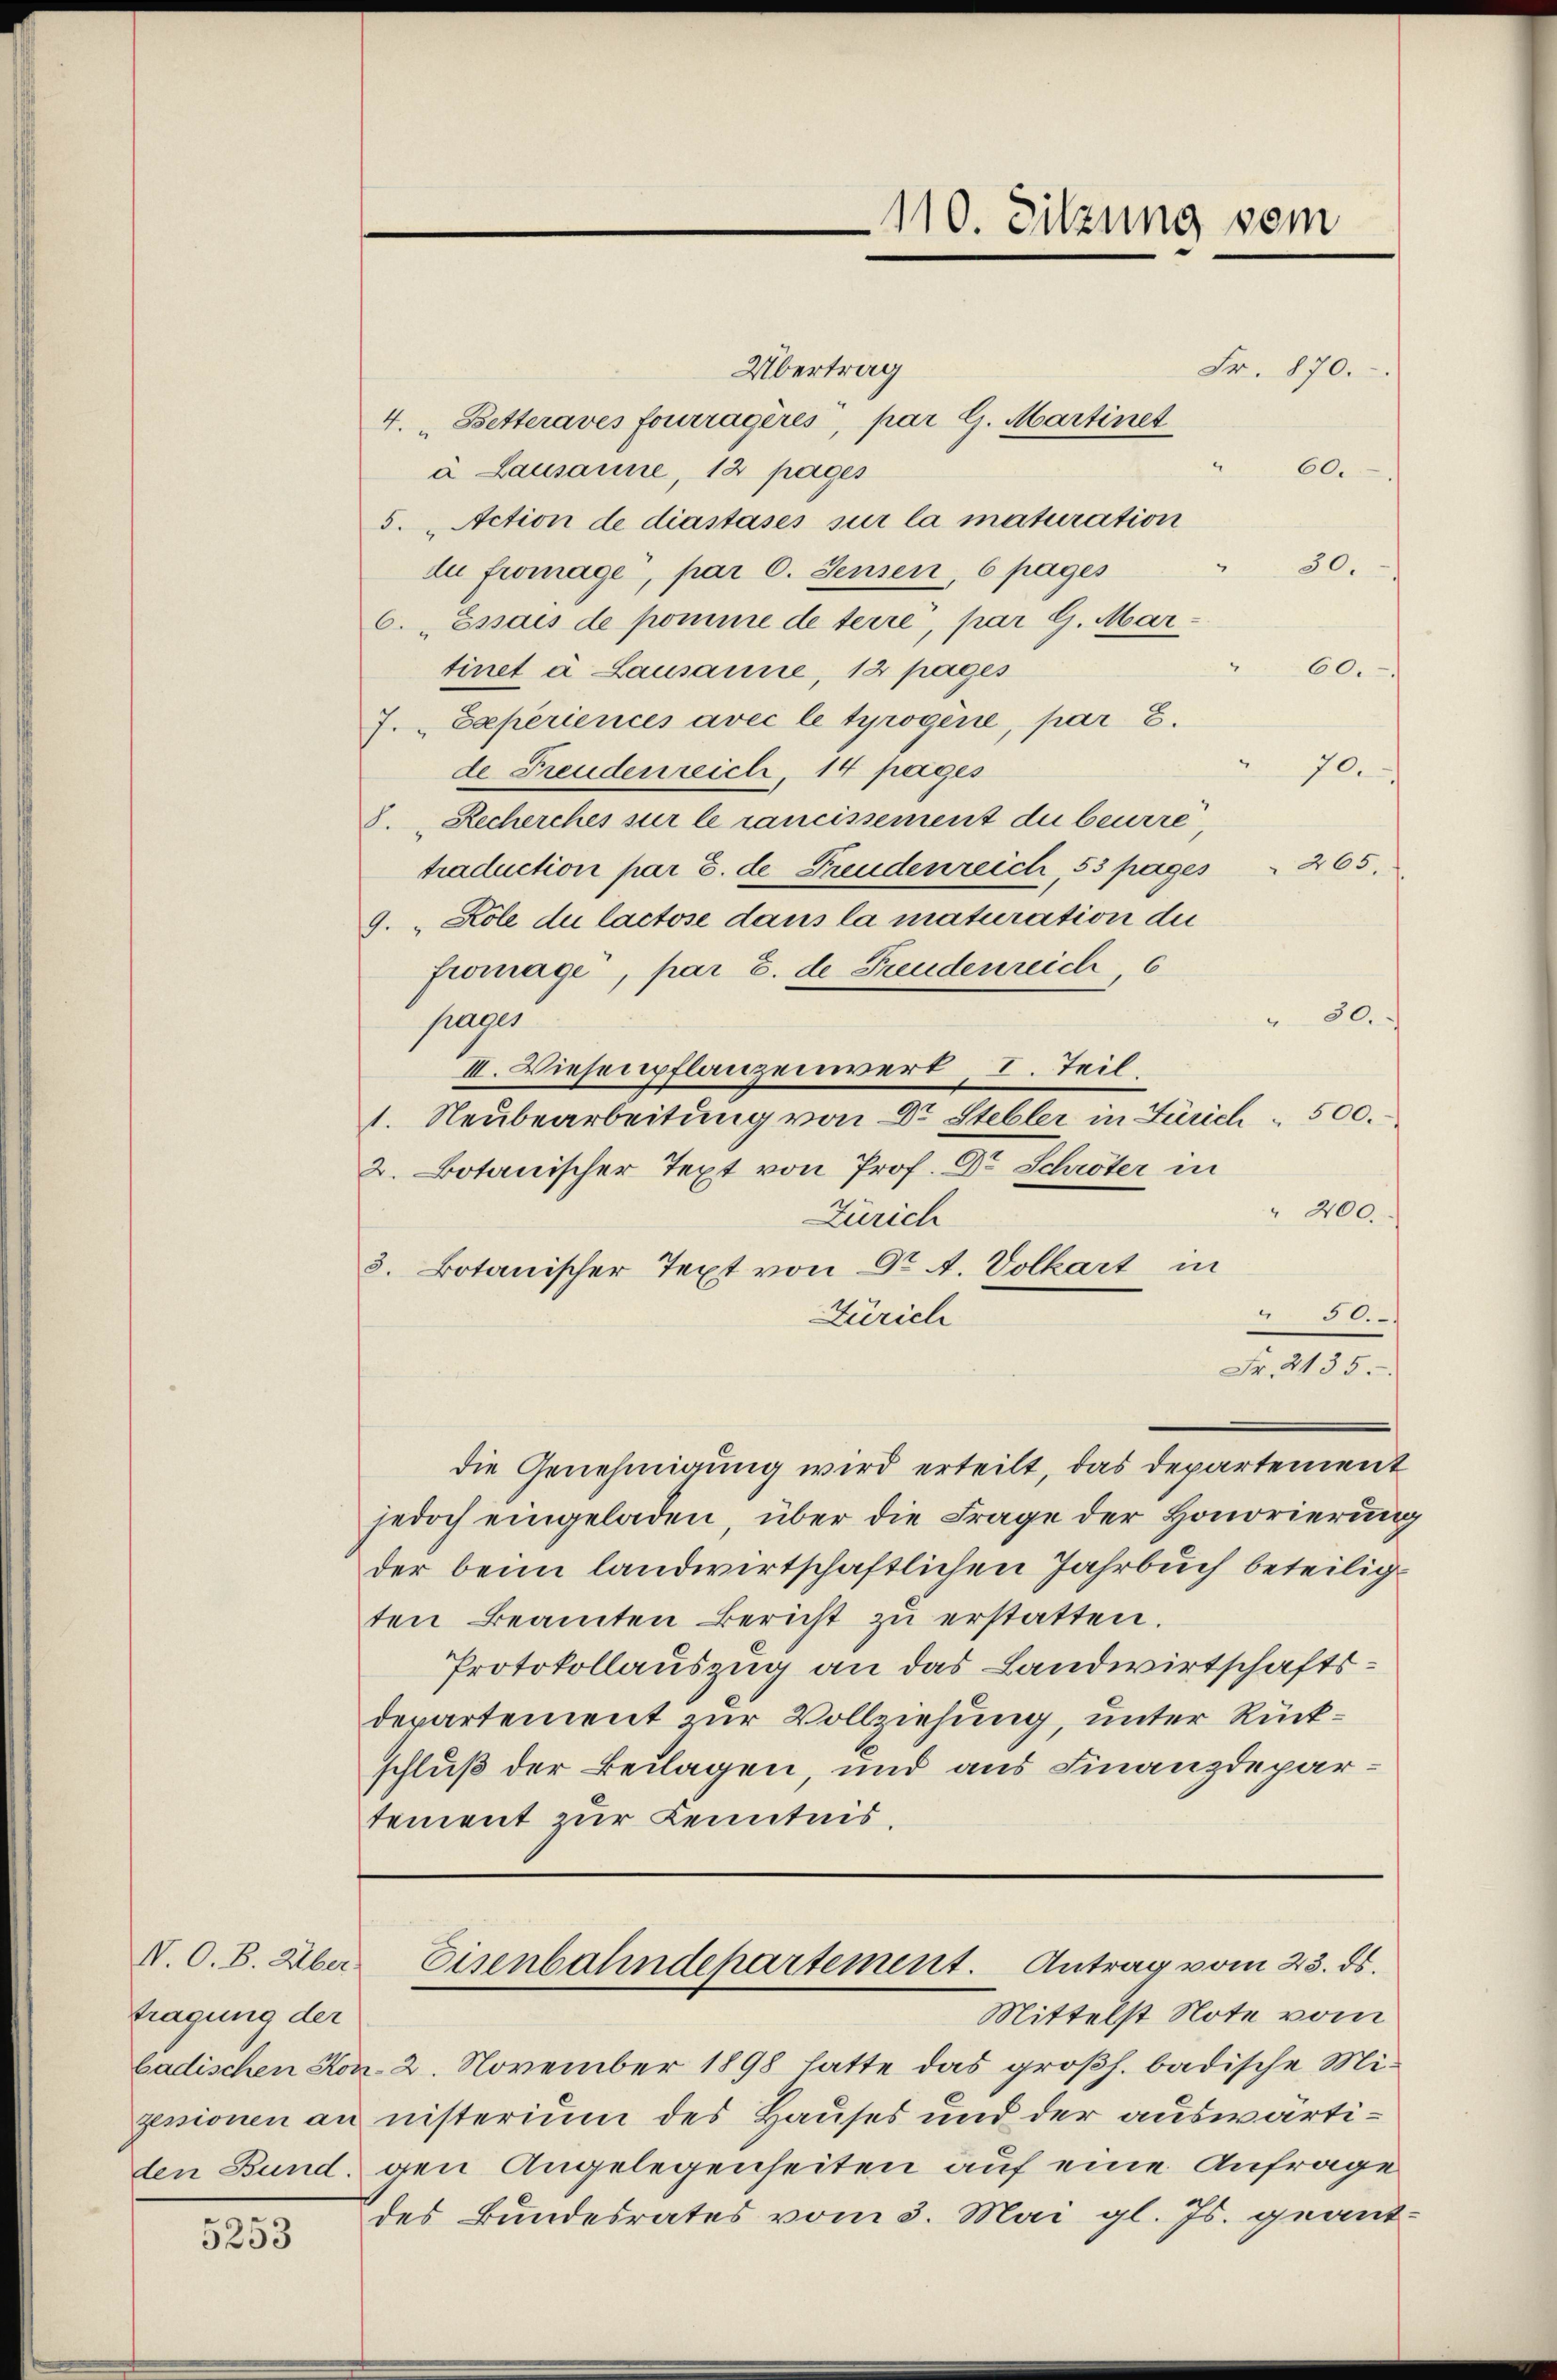
V. O. B. Über
tragung der
den Bund.

5253

110. Sitzung vom

Übertrag
Fr. 870.
4. Betteraves fourragères, par G. Martinet
60.
à Lausanne, 12 pages
5. „Action de diastases sur la maturation
30.
du fromage, par c. Jensen, 6 pages
6. „Essais de pomme de terre, par G. Mar¬
60.
tinet à Lausanne, 12 pages
J. Experiencés avec le tyrogene, par 8.
70.
de Freudenreich, 14 pages
Recherches sier le rancissement die beurré,
.
traduction par G. de Freudenreich, 53 pages " 265.
9.  Kole du lactose dans la maturation die
fromage, par c. de Freudenreich, 6
30.
jugen
II. Wiesenpflanzenwert
I. Teil
1. Neubearbeitung von Dr Stebler in Zürich - 500.
2. Botanischer Text von Prof. Dr Schröter in
" 200.
Zürich
3. Botanischer Text von Dr. A. Volkart in
.
Zürich
Fr. 2135.
die Genehmigung wird erteilt, das Departement
jedoch eingeladen, über die Frage der Honorierung
der beim landwirtschaftlichen Jahrbuch beteiligten Beamten Bericht zŭ erstatten.
Protokollauszug an das Landwirtschaftsdepartement zur Vollziehung, unter Rückschluß der Beilagen, und aus Finanzdepartement zur Kenntnis.
Eisenbahndepartement. Antrag vom 23. ds.
Mittelst Note vom
badischen Hon- 2. November 1898 hatte das großh. badische Mi-
zessionen an nisterium des Hauses und der auswärtigen Angelegenheiten auf eine Anfrage
des Bundesrates vom 3. Mai gl. Js. geant